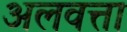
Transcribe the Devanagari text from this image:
अलवत्ता